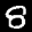
Label: 8